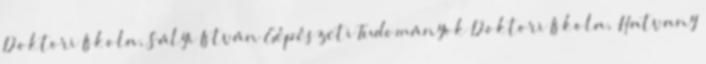
Doktori Iskola, Sályi István Gépészeti Tudományok Doktori Iskola, Hatvany